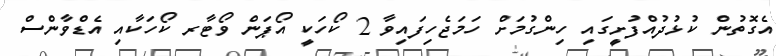
އެގޮތުން ކުޅުދުއްފުށީގައި ހިންގުމަށް ހަމަޖެހިފައިވާ 2 ކޯހަކީ އޯޕަން ވޯޓާރ ކޯހަކާއި އެޑްވާންސް